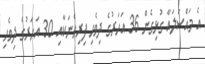
އެ މައްސަލައާ ގުޅިގެން 36 އަހަރުގެ ދިވެހި ފިރިހެނަކާއި 30 އަހަރުގެ ދިވެހި